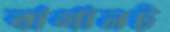
বাগানট